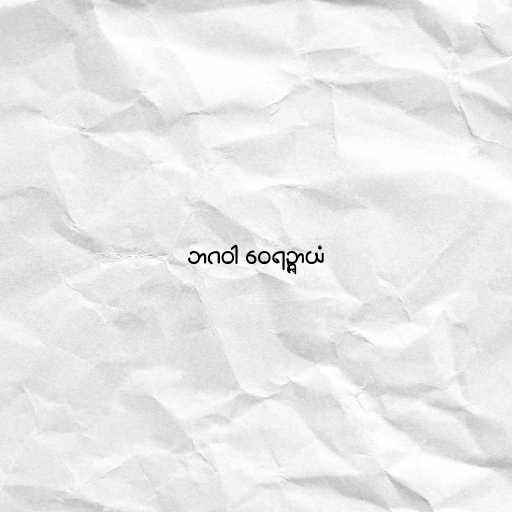
ဘဂဝါ ဝေရဉ္ဇာယံ